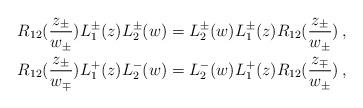
LaTeX: \begin{align*}R_{12}(\frac{z_\pm}{w_\pm}) L_1^{\pm}(z) L_2^{\pm}(w) &= L_2^{\pm}(w) L_1^{\pm}(z) R_{12}(\frac{z_\pm}{w_\pm}) \,, \\R_{12}(\frac{z_\pm}{w_\mp}) L_1^{+}(z) L_2^{-}(w) &= L_2^{-}(w) L_1^{+}(z) R_{12}(\frac{z_\mp}{w_\pm}) \,,\end{align*}